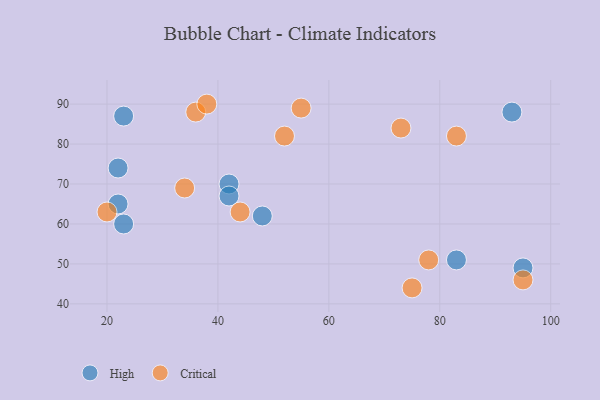
{"axis": {"x": "GDP", "y": "Life Expectancy"}, "legend": ["Critical", "High"], "data": [{"x": "83", "y": 51, "type": "High"}, {"x": "23", "y": 60, "type": "High"}, {"x": "93", "y": 88, "type": "High"}, {"x": "42", "y": 70, "type": "High"}, {"x": "22", "y": 74, "type": "High"}, {"x": "42", "y": 67, "type": "High"}, {"x": "48", "y": 62, "type": "High"}, {"x": "23", "y": 87, "type": "High"}, {"x": "22", "y": 65, "type": "High"}, {"x": "95", "y": 49, "type": "High"}, {"x": "95", "y": 46, "type": "Critical"}, {"x": "78", "y": 51, "type": "Critical"}, {"x": "52", "y": 82, "type": "Critical"}, {"x": "36", "y": 88, "type": "Critical"}, {"x": "55", "y": 89, "type": "Critical"}, {"x": "20", "y": 63, "type": "Critical"}, {"x": "34", "y": 69, "type": "Critical"}, {"x": "38", "y": 90, "type": "Critical"}, {"x": "75", "y": 44, "type": "Critical"}, {"x": "44", "y": 63, "type": "Critical"}, {"x": "83", "y": 82, "type": "Critical"}, {"x": "73", "y": 84, "type": "Critical"}]}